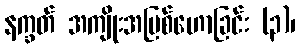
နက္ခတ် အကျိုးအပြစ်ဟောခြင်း (၃)၊